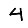
Digit: 4